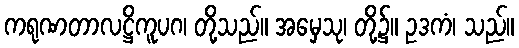
ကရုဏတာလဋ္ဌိကူပဂ၊ တို့သည်။ အမှေသု၊ တို့၌။ ဥဒကံ၊ သည်။